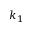
k _ { 1 }